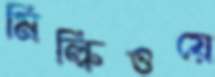
মিল্কিওয়ে